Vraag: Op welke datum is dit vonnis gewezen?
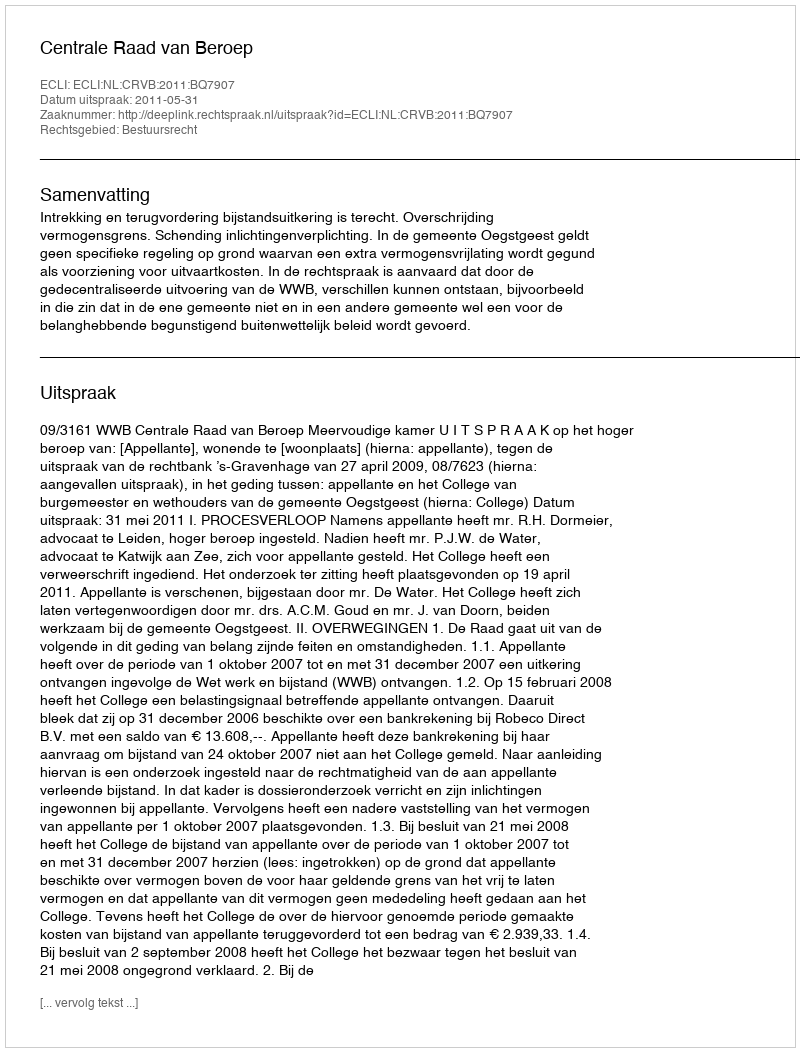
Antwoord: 2011-05-31